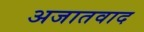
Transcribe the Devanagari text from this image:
अजातवाद